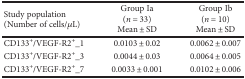
<table><thead><tr><td><b>Study population(Number of cells/<i>μ</i>L)</b></td><td><b>Group Ia(<i>n</i> = 33)Mean ± SD</b></td><td><b>Group Ib(<i>n</i> = 10)Mean ± SD</b></td></tr></thead><tbody><tr><td>CD133<sup>+</sup>/VEGF-R2<sup>+</sup>_1</td><td>0.0103 ± 0.02</td><td>0.0062 ± 0.007</td></tr><tr><td>CD133<sup>+</sup>/VEGF-R2<sup>+</sup>_3</td><td>0.0044 ± 0.03</td><td>0.0064 ± 0.005</td></tr><tr><td>CD133<sup>+</sup>/VEGF-R2<sup>+</sup>_7</td><td>0.0033 ± 0.001</td><td>0.0102 ± 0.006</td></tr></tbody></table>